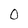
Character: 0